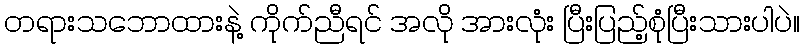
တရားသဘောထားနဲ့ ကိုက်ညီရင် အလို အားလုံး ပြီးပြည့်စုံပြီးသားပါပဲ။